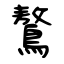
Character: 鷔